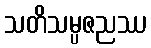
သတိသမ္ပဇညဿ